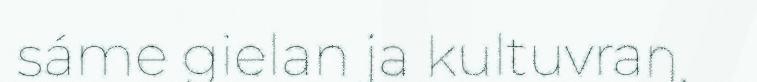
sáme gielan ja kultuvran.